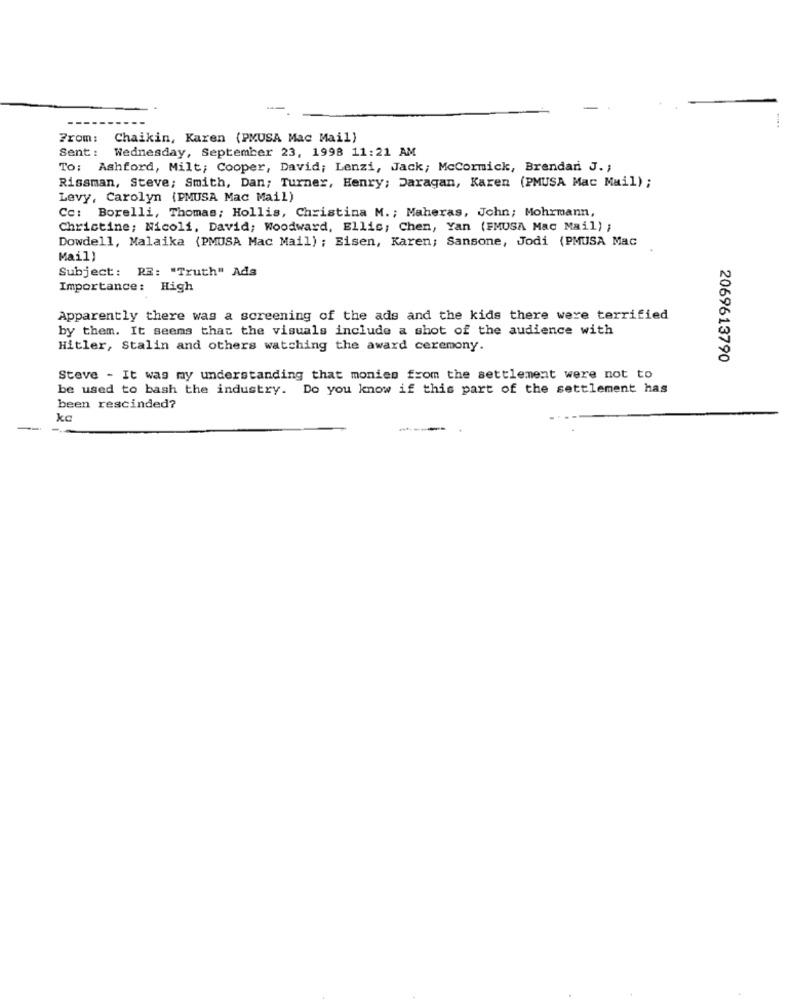
From:
Chaikin, Karen (PMUSA Mac Mail)
Sent :
Wednesday, September 23, 1998 11:21 AM
To: Ashford, Milt; Cooper, David; Lenzi, Jack; McCormick, Brendan J. ;
Rissman, Steve; Smith, Dan; Turner, Henry; Daragan, Karen (PMUSA Mac Mail) ;
Levy, Carolyn (PMUSA Mac Mail)
Cc: Borelli, Thomas; Hollis, Christina M. ; Maheras, John; Mohrmann,
Christine; Nicoli, David; Woodward, Ellis; Chen, Yan (FMUSA Mac Mail) ;
Dowdell, Malaika (PMUSA Mac Mail) ; Eisen, Karen; Sansone, Jodi (PMUSA Mac
Mail)
Subject: RE: "Truth" Ads
Importance: High
Apparently there was a screening of the ads and the kids there were terrified
by them. It seems that the visuals include a shot of the audience with
Hitler, Stalin and others watching the award ceremony.
2069613790
Steve - It was my understanding that monies from the settlement were not to
be used to bash the industry. Do you know if this part of the settlement has
been rescinded?
kc
----